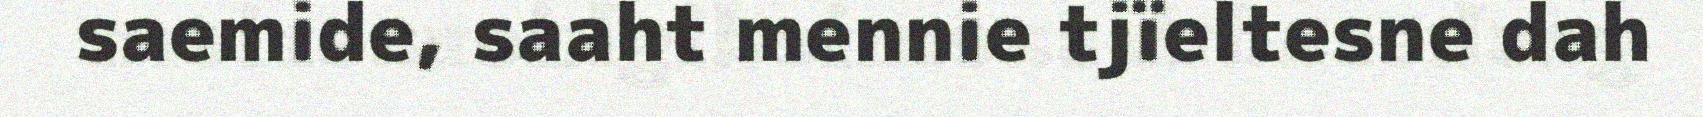
saemide, saaht mennie tjïeltesne dah